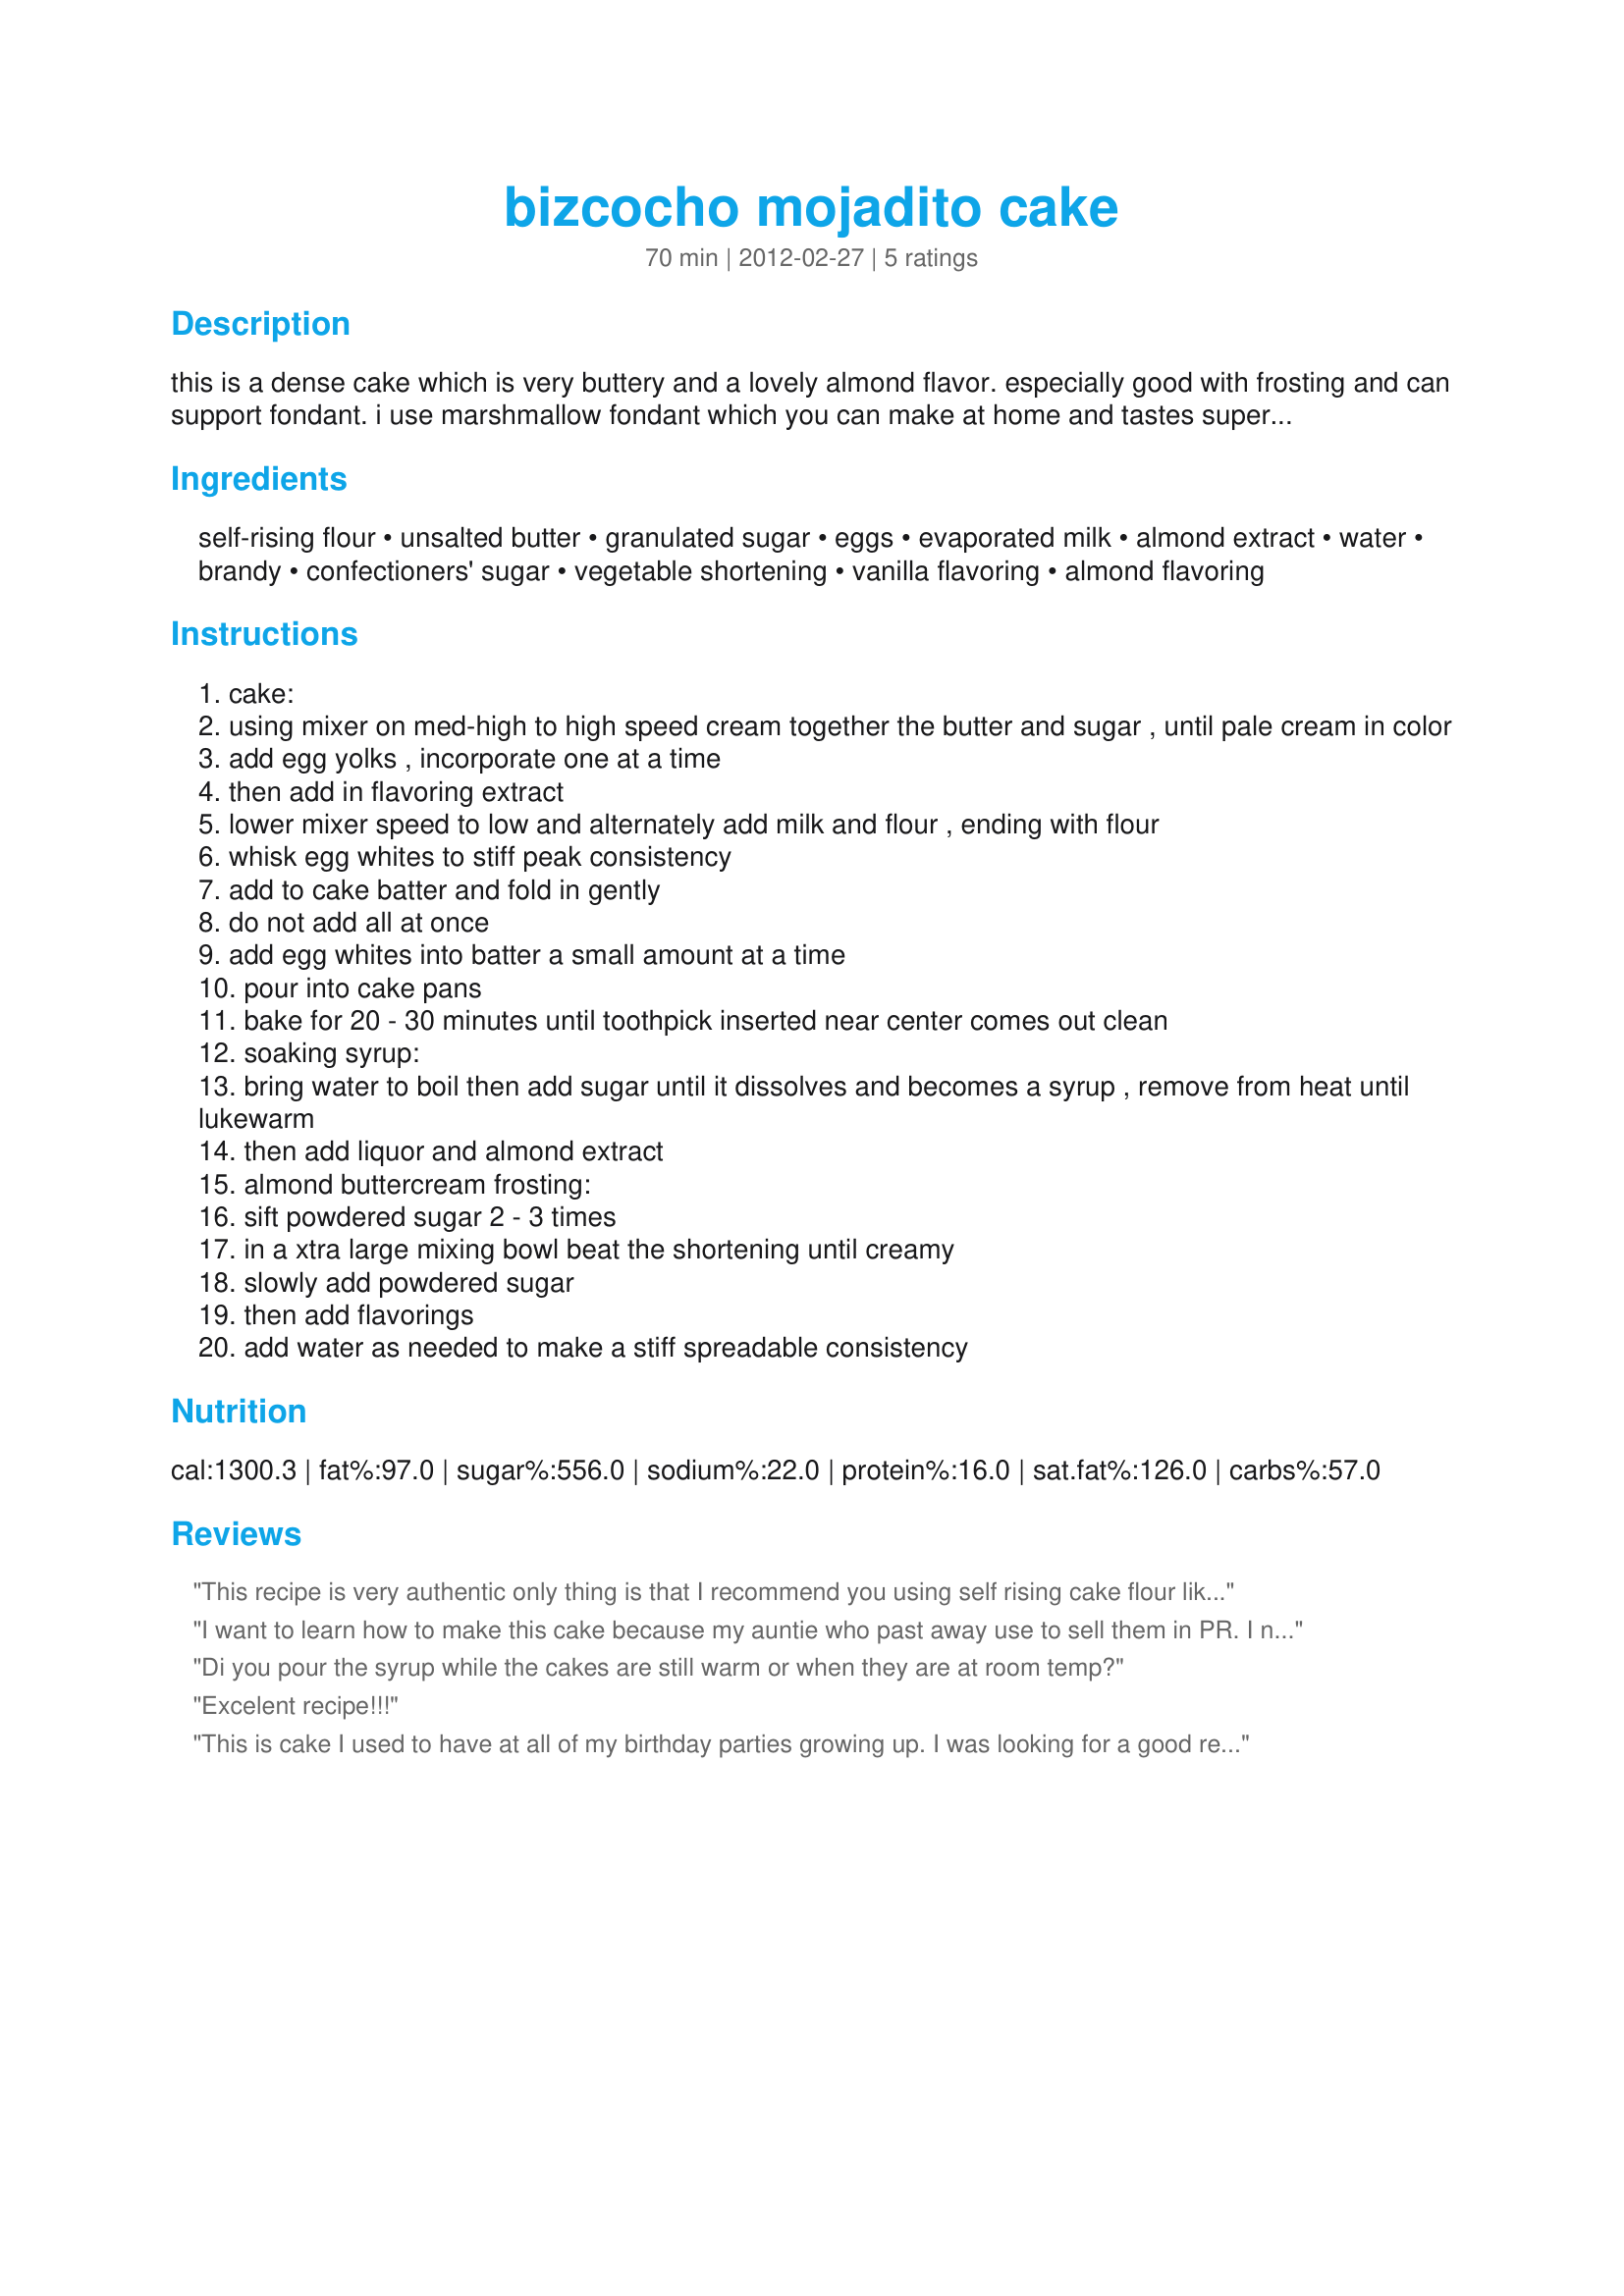
bizcocho mojadito cake
Preparation time: 70 minutes

this is a dense cake which is very buttery and a lovely almond flavor. especially good with frosting and can support fondant. i use marshmallow fondant which you can make at home and tastes superior to the pre-made fondant. i'm listing the ingredients for the almond buttercream frosting, however i personally prefer to still use buttercream icing i recipe, which is my favorite. i have made the soaking syrup without the brandy when i made this cake for my daughter's birthday and it was still delicious. ***just a few thoughts on ingredients: i personally feel if i'm making from scratch to buy a good quality extract, i use a bourbon vanilla from madagascar and only use pure almond extract. be advised that almond extract is a strong flavor, so use less if you prefer or halve it with vanilla extract. i also never use butter with salt in it. look for unsalted butter or sweet cream butter. i would prefer to control the amount of salt in my recipes. happy baking!

Ingredients:
self-rising flour, unsalted butter, granulated sugar, eggs, evaporated milk, almond extract, water, brandy, confectioners' sugar, vegetable shortening, vanilla flavoring, almond flavoring

Steps:
cake:
using mixer on med-high to high speed cream together the butter and sugar , until pale cream in color
add egg yolks , incorporate one at a time
then add in flavoring extract
lower mixer speed to low and alternately add milk and flour , ending with flour
whisk egg whites to stiff peak consistency
add to cake batter and fold in gently
do not add all at once
add egg whites into batter a small amount at a time
pour into cake pans
bake for 20 - 30 minutes until toothpick inserted near center comes out clean
soaking syrup:
bring water to boil then add sugar until it dissolves and becomes a syrup , remove from heat until lukewarm
then add liquor and almond extract
almond buttercream frosting:
sift powdered sugar 2 - 3 times
in a xtra large mixing bowl beat the shortening until creamy
slowly add powdered sugar
then add flavorings
add water as needed to make a stiff spreadable consistency

Reviews:
This recipe is very authentic only thing is that I recommend you using self rising cake flour like Presto. It will give the cake the right texture!! That is the one you should originally use for this recipe.
I want to learn how to make this cake because my auntie who past away use to sell them in PR. I never could get her recipe. This looks like how she use to make her frosting and cake texture. I do need to know, What temperature should the oven be set at? The soaking syrup, so I add it while its hot or should I let it cool? Should the cake be cool before adding the syrup? (as I see someone already asked but there is no answer so I am asking again) Thank you and look forward to hear from you soon!!
Di you pour the syrup while the cakes are still warm or when they are at room temp?
Excelent recipe!!!
This is cake I used to have at all of my birthday parties growing up. I was looking for a good recipe because I have an order for one coming up soon. This recipe is perfectly moist and delicious. I loved it! It remained me of my youth. The only small adjustments I made to the recipe was I made buttercream using butter and coconut extract, I omitted the almond and used vanilla extract (just because I prefer the taste) &amp;. I also made a guava and pineapple filling to go between the layers. Other than that the cake was fantastic!!
